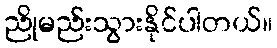
ညိုမည်းသွားနိုင်ပါတယ်။